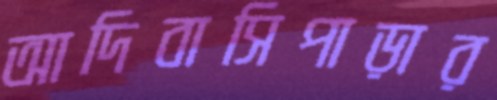
আদিবাসিপাড়ার